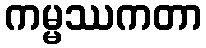
ကမ္မဿကတာ